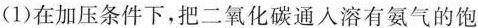
(1)在加压条件下，把二氧化碳通人溶有氨气的饱